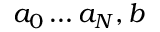
a _ { 0 } \dots a _ { N } , b